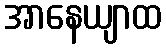
အာနေယျာထ